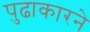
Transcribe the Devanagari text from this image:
पुढाकारने